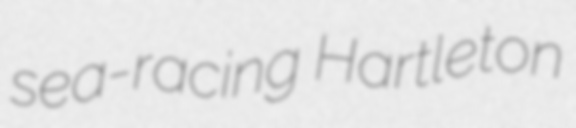
sea-racing Hartleton